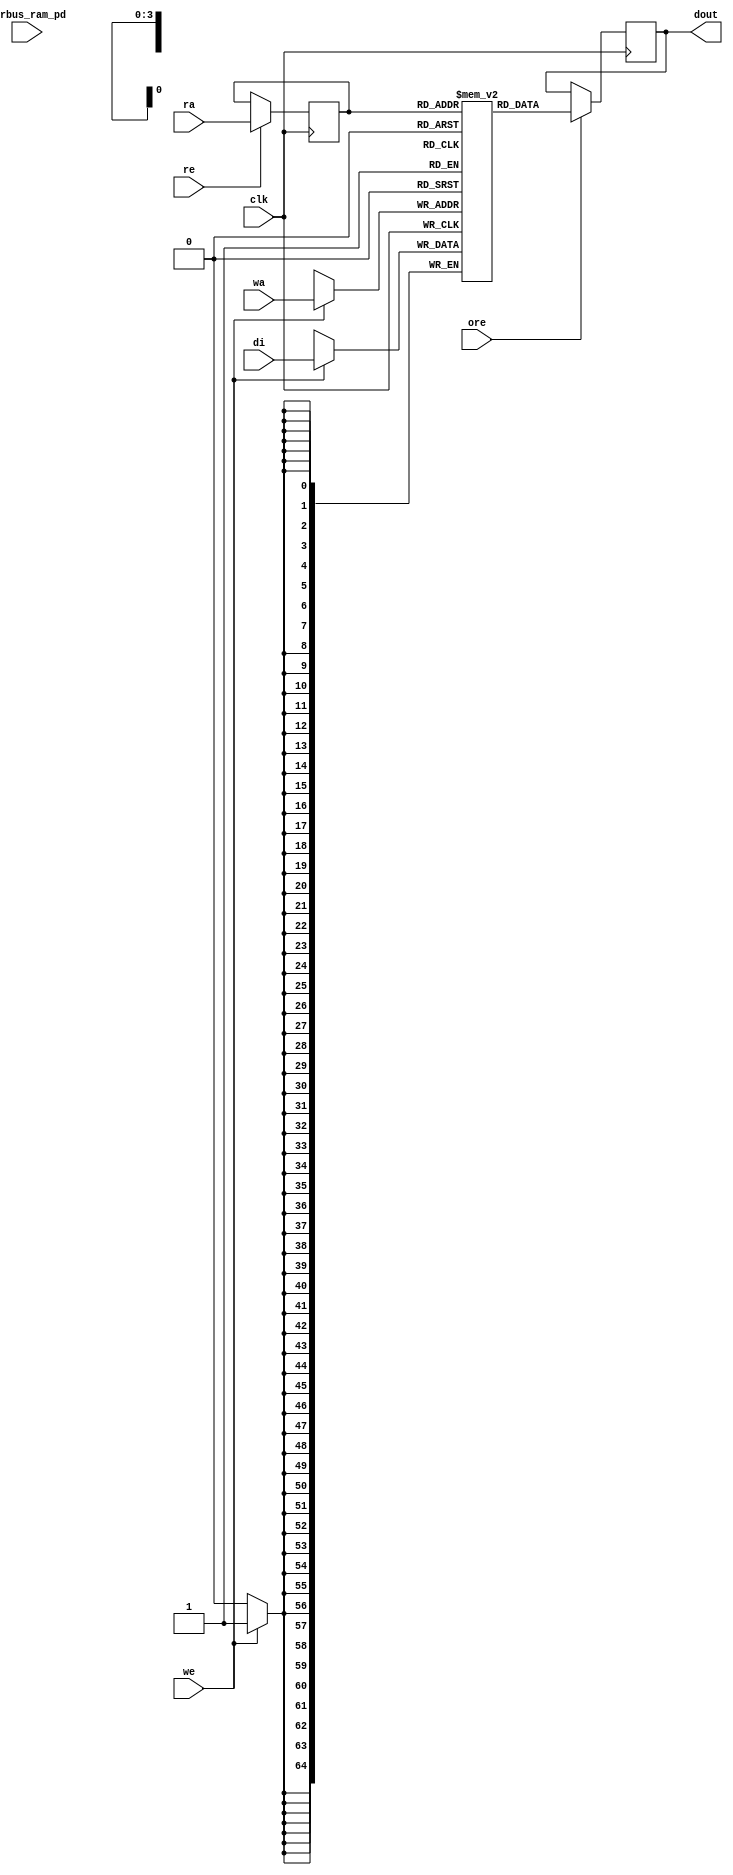

module nv_ram_rwsp_16x65 ( 
		clk,
		ra,
		re,
		ore,
		dout,
		wa,
		we,
		di,
		pwrbus_ram_pd
);

parameter FORCE_CONTENTION_ASSERTION_RESET_ACTIVE=1'b0;

// port list
input			clk;
input	[3:0]	ra;
input			re;
input			ore;
output	[64:0]	dout;
input	[3:0]	wa;
input			we;
input	[64:0]	di;
input	[31:0]	pwrbus_ram_pd;

//reg and wire list
reg		[3:0]	ra_d;
wire	[64:0]	dout;
reg		[64:0]	M	[15:0];

always @( posedge clk ) begin
    if (we)
       M[wa] <= di;
end
 
always @( posedge clk ) begin
    if (re) 
       ra_d <= ra;
end

wire	[64:0]	dout_ram = M[ra_d];

reg		[64:0]	dout_r;
always @( posedge clk ) begin
   if (ore)
       dout_r <= dout_ram;
end

assign dout = dout_r;


endmodule